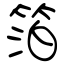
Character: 箔